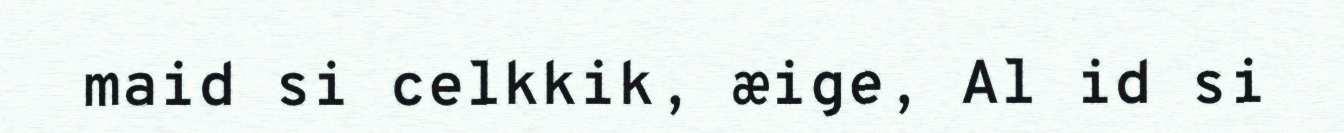
maid si celkkik, æige, Al id si